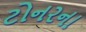
ટોનરના